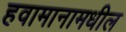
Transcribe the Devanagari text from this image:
हवामानामधील